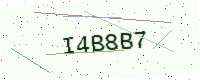
Text: I4B8B7